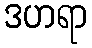
ဒဟရာ